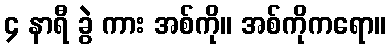
၄ နာရီ ခွဲ ကား အစ်ကို။ အစ်ကိုကရော။